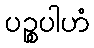
ပဉ္စပါဟံ